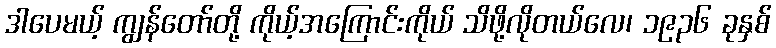
ဒါပေမယ့် ကျွန်တော်တို့ ကိုယ့်အကြောင်းကိုယ် သိဖို့လိုတယ်လေ၊ ၁၉၃၆ ခုနှစ်